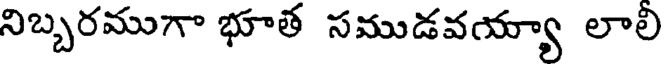
నిబ్బరముగా భూత సముడవయ్యా లాలి